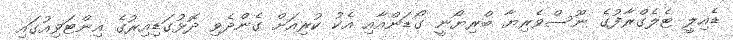
ޑެއިލީ ޓެލެގްރާފުގެ ނޫސްވެރިޔާ ބްރިޔޯނީ ގޯޑަންއާއި އެކު ކުރިއަށް ގެންދެވި ދޮޅުގަޑިއިރުގެ އިންޓަވިއުގައި